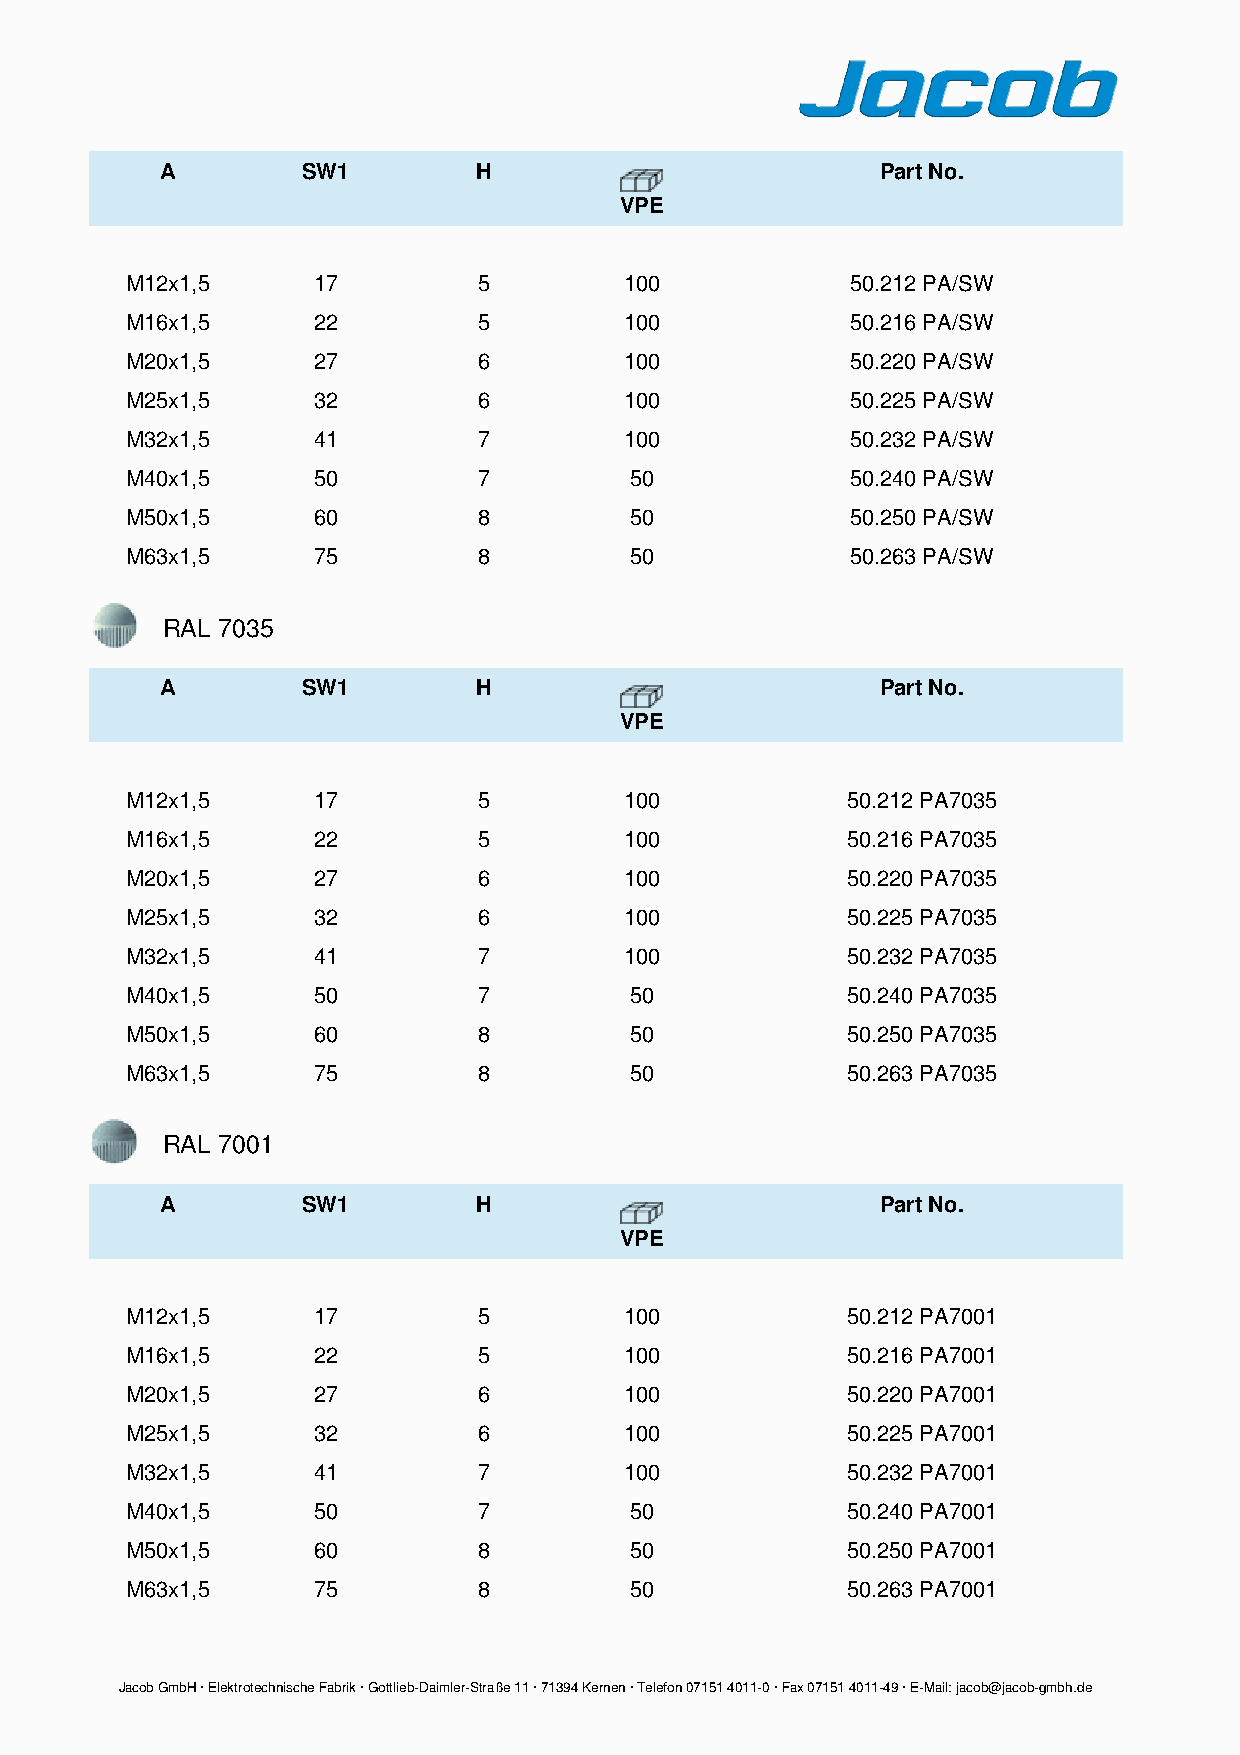
A        SW1         H                         Part No.
 VPE
 M12x1,5      17         5        100            50.212 PA/SW
 M16x1,5      22         5        100            50.216 PA/SW
 M20x1,5      27         6        100            50.220 PA/SW
 M25x1,5      32         6        100            50.225 PA/SW
 M32x1,5      41         7        100            50.232 PA/SW
 M40x1,5      50         7         50            50.240 PA/SW
 M50x1,5      60         8         50            50.250 PA/SW
 M63x1,5      75         8         50            50.263 PA/SW
 RAL 7035
 A        SW1         H                         Part No.
 VPE
 M12x1,5      17         5        100            50.212 PA7035
 M16x1,5      22         5        100            50.216 PA7035
 M20x1,5      27         6        100            50.220 PA7035
 M25x1,5      32         6        100            50.225 PA7035
 M32x1,5      41         7        100            50.232 PA7035
 M40x1,5      50         7         50            50.240 PA7035
 M50x1,5      60         8         50            50.250 PA7035
 M63x1,5      75         8         50            50.263 PA7035
 RAL 7001
 A        SW1         H                         Part No.
 VPE
 M12x1,5      17         5        100            50.212 PA7001
 M16x1,5      22         5        100            50.216 PA7001
 M20x1,5      27         6        100            50.220 PA7001
 M25x1,5      32         6        100            50.225 PA7001
 M32x1,5      41         7        100            50.232 PA7001
 M40x1,5      50         7         50            50.240 PA7001
 M50x1,5      60         8         50            50.250 PA7001
 M63x1,5      75         8         50            50.263 PA7001
 Jacob GmbH ∙ Elektrotechnische Fabrik ∙ Gottlieb­Daimler­Straße 11 ∙ 71394 Kernen ∙ Telefon 07151 4011­0 ∙ Fax 07151 4011­49 ∙ E­Mail: jacob@jacob­gmbh.de